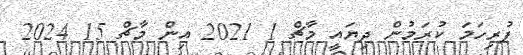
ފުރިހަމަ ކުރަމުން ދިޔައީ މާޗް 1 2021 އިން މާޗް 15 2024